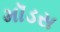
મૉડસ